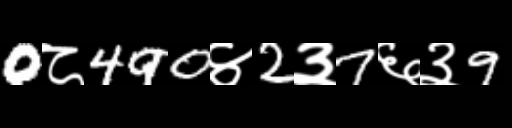
Text: 0८490४2३7६३9